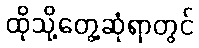
ထိုသို့တွေ့ဆုံရာတွင်